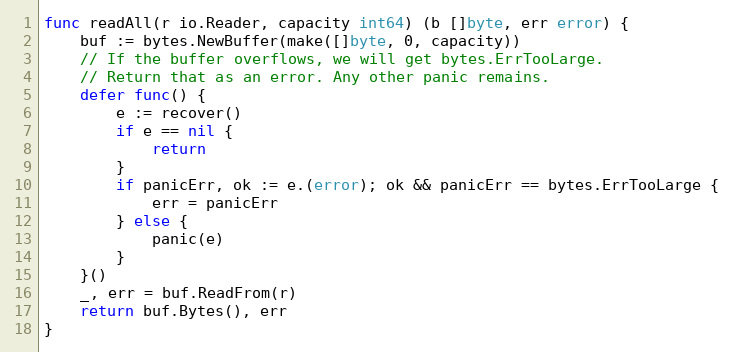
Language: Go
func readAll(r io.Reader, capacity int64) (b []byte, err error) {
	buf := bytes.NewBuffer(make([]byte, 0, capacity))
	// If the buffer overflows, we will get bytes.ErrTooLarge.
	// Return that as an error. Any other panic remains.
	defer func() {
		e := recover()
		if e == nil {
			return
		}
		if panicErr, ok := e.(error); ok && panicErr == bytes.ErrTooLarge {
			err = panicErr
		} else {
			panic(e)
		}
	}()
	_, err = buf.ReadFrom(r)
	return buf.Bytes(), err
}